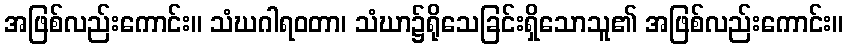
အဖြစ်လည်းကောင်း။ သံဃဂါရဝတာ၊ သံဃာ၌ရိုသေခြင်းရှိသောသူ၏ အဖြစ်လည်းကောင်း။